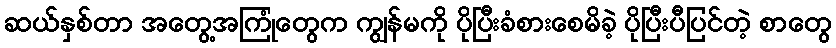
ဆယ်နှစ်တာ အတွေ့အကြုံတွေက ကျွန်မကို ပိုပြီးခံစားစေမိခဲ့ ပိုပြီးပီပြင်တဲ့ စာတွေ